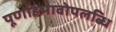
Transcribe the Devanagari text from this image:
पूर्णाहंभावोपलब्धि